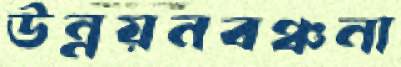
উন্নয়নবঞ্চনা